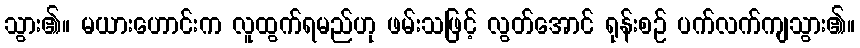
သွား၏။ မယားဟောင်းက လူထွက်ရမည်ဟု ဖမ်းသဖြင့် လွတ်အောင် ရုန်းစဉ် ပက်လက်ကျသွား၏။